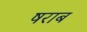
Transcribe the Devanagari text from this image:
षराब